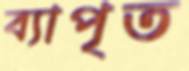
ব্যাপৃত